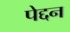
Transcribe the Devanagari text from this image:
पेद्दन